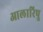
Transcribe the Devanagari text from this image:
आलारिपु